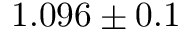
1 . 0 9 6 \pm 0 . 1